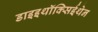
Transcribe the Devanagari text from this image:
डाइइथॉक्सिईथेन